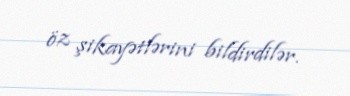
öz şikayətlərini bildirdilər.